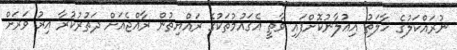
ނުރައްކަލުގެ ހާލަތު އިޢުލާނުކޮށްފައި ވާތީ އެޤައުމުތަކުގެ ރައްޔިތުން ރާއްޖެއަށް ދަތުރުކުރާ އިރު ވަރަށް